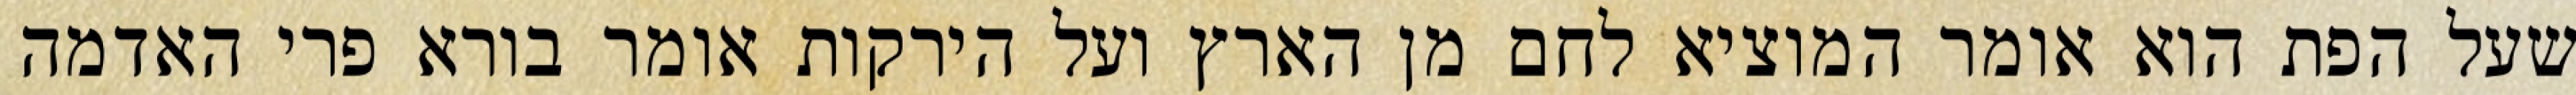
שעל הפת הוא אומר המוציא לחם מן הארץ ועל הירקות אומר בורא פרי האדמה